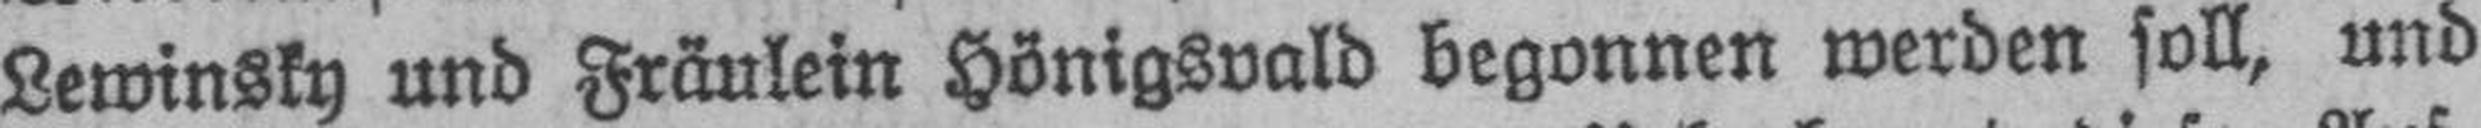
Lewinsky und Fräulein Hönigsvald begonnen werden soll, und